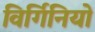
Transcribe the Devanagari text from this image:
विर्गिनियो